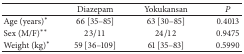
<table><thead><tr><td><b> </b></td><td><b>Diazepam</b></td><td><b>Yokukansan</b></td><td><b><i>P</i></b></td></tr></thead><tbody><tr><td>Age (years)*</td><td>66 [35–85]</td><td>63 [30–85]</td><td>0.4013</td></tr><tr><td>Sex (M/F)**</td><td>23/11</td><td>24/12</td><td>0.9475</td></tr><tr><td>Weight (kg)*</td><td>59 [36–109]</td><td>61 [35–83]</td><td>0.5990</td></tr></tbody></table>